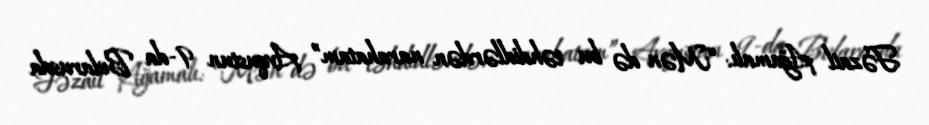
Fəzail Ağamalı: “Mən də bu təhdidlərdən narahatam” Avqustun 9-da Belarusda